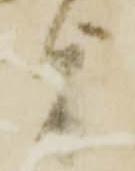
旨